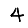
Digit: 4